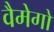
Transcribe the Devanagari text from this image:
वैमेगो